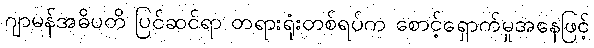
ဂျာမန်အဓိပတိ ပြင်ဆင်ရာ တရားရုံးတစ်ရပ်က စောင့်ရှောက်မှုအနေဖြင့်